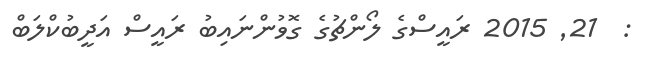
:  21